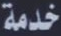
خدمة